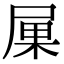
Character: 𡱼